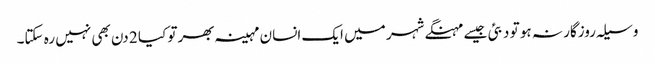
وسیلہ روزگار نہ ہو تو دبئی جیسے مہنگے شہر میں ایک انسان مہینہ بھر تو کیا 2 دن بھی نہیں رہ سکتا۔